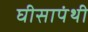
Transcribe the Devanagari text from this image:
घीसापंथी